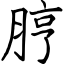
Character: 脝